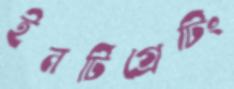
ইনটিগ্রেটিং